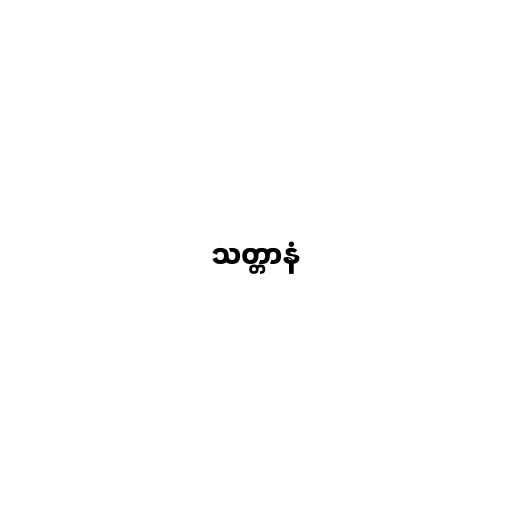
သတ္တာနံ